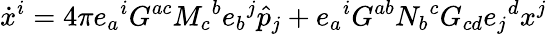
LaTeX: \dot{x}^{i}=4\pi e_{a}{}^{i}G^{ac}M_{c}{}^{b}e_{b}{}^{j}\hat{p}_{j}+e_{a}{}^{i}G^{ab}N_{b}{}^{c}G_{cd}e_{j}{}^{d}x^{j}